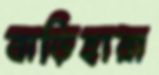
বাড়িহারা